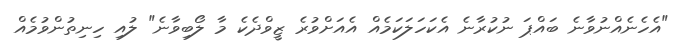
"އެހެނެއްނުވާނެ ބައްޕަ ނުކުރާނެ އެކަހަލަކަމެއް އެއަށްވުރެ ޒީވްދެކެ މާ ލޯބިވާނެ" ލުއި ހިނިތުންވުމެއް